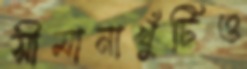
সীমানাখুঁটিও